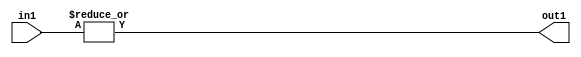
`timescale 1ps / 1ps
/*****************************************************************************
    Verilog RTL Description
    
    Generated at: 00:45:37 EST (-0500), Thursday 19 November 2020
    Generated on: zhang-x1.ece.cornell.edu
    Generated by: jl3952 (Jie Liu)
    
    Created by: Stratus DpOpt 2017.1.02 
    Copyright (c) 2014-2015 Cadence Design Systems. All rights reserved worldwide.
    
    Cadence Design Systems proprietary and confidential
    ===================================================
    
    May contain information that incorporates Cadence Design Systems CellMath
    and other inventions claimed in Pending U.S. Patents.
    
    May contain Cadence Design Systems Trade Secrets of which use, disclosure or
    reproduction is contractually restricted or prohibited.  For more
    information, contact your legal department before any use, disclosure or
    reproduction.
*******************************************************************************/

module dut_OrReduction_2S_1U_4 (
	in1,
	out1
	); /* architecture "behavioural" */ 
input [1:0] in1;
output  out1;
wire  asc001;

assign asc001 = 
	(|in1);

assign out1 = asc001;
endmodule

/* CADENCE  urbwQw4= : u9/ySgnYtBlWxVDRUQkU4ug= ** DO NOT EDIT THIS LINE ******/